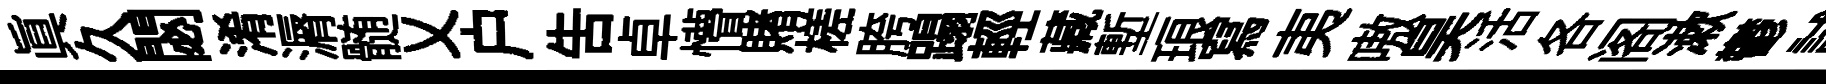
真久閟淆漘髄乂户吿卓懵賭槎胯蹋輕藏塹琅冩夷嗷昊活各阁漱鬱試